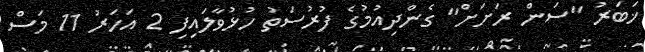
ޚަބަރު "ސަން ރަށަށް" ގެންދިއުމުގެ ފުރުސަތު ހުޅުވާލައިފި 2 އަހަރު 11 މަސް